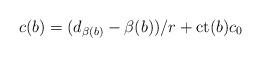
LaTeX: \begin{align*} c(b)=(d_{\beta(b)}-\beta(b))/r+ \mathrm{ct}(b) c_0\end{align*}